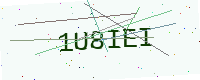
Text: 1U8IEI